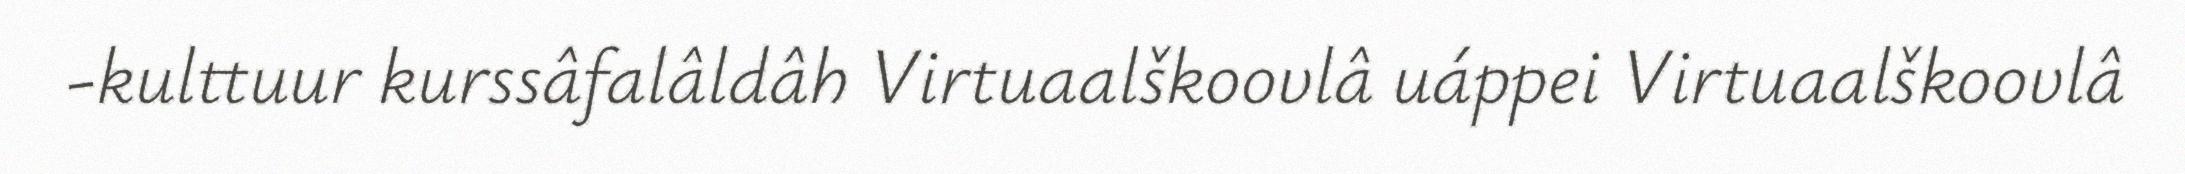
-kulttuur kurssâfalâldâh Virtuaalškoovlâ uáppei Virtuaalškoovlâ